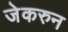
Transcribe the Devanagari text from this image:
जेकरुन